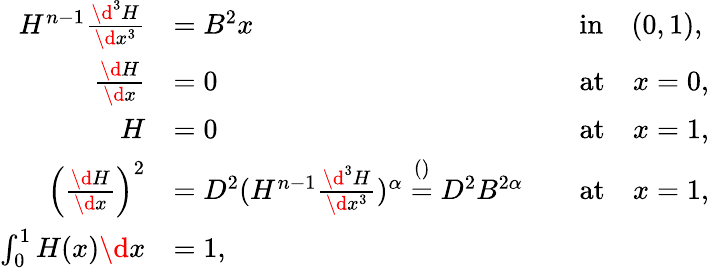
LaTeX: \begin{array}{rlrl}{H^{n-1}\frac{\d^{3}H}{\d x^{3}}}&{=B^{2}x}&&{\mathrm{in}\quad(0,1),}\\ {\frac{\d H}{\d x}}&{=0}&&{\mathrm{at}\quad x=0,}\\ {H}&{=0}&&{\mathrm{at}\quad x=1,}\\ {\left(\frac{\d H}{\d x}\right)^{2}}&{=D^{2}(H^{n-1}\frac{\d^{3}H}{\d x^{3}})^{\alpha}\stackrel{()}=D^{2}B^{2\alpha}}&&{\mathrm{at}\quad x=1,}\\ {\int_{0}^{1}H(x)\d x}&{=1,}&&{}\end{array}